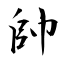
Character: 帥